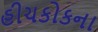
હીચકોકના